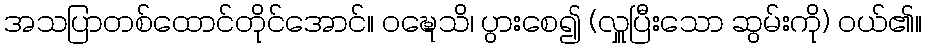
အသပြာတစ်ထောင်တိုင်အောင်။ ဝဍ္ဎေသိ၊ ပွားစေ၍ (လှူပြီးသော ဆွမ်းကို) ဝယ်၏။